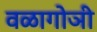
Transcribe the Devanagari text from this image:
वळागोञी